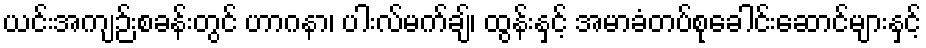
ယင်းအကျဉ်းစခန်းတွင် ဟာဂနာ၊ ပါးလ်မက်ချ်၊ ထွန်းနှင့် အမာခံတပ်စုခေါင်းဆောင်များနှင့်